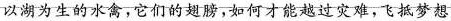
以湖为生的水禽，它们的翅膀，如何才能越过灾难，飞抵梦想